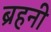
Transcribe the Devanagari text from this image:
ब्रहनी